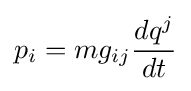
p_{i}=mg_{ij}{\frac {dq^{j}}{dt}}